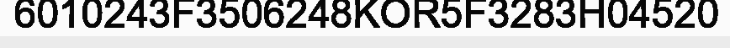
6010243F3506248KOR5F3283H04520